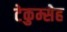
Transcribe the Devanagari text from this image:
टेकुम्सेह